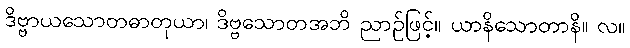
ဒိဗ္ဗာယသောတဓာတုယာ၊ ဒိဗ္ဗသောတအဘိ ညာဉ်ဖြင့်။ ယာနိသောတာနိ။ လ။